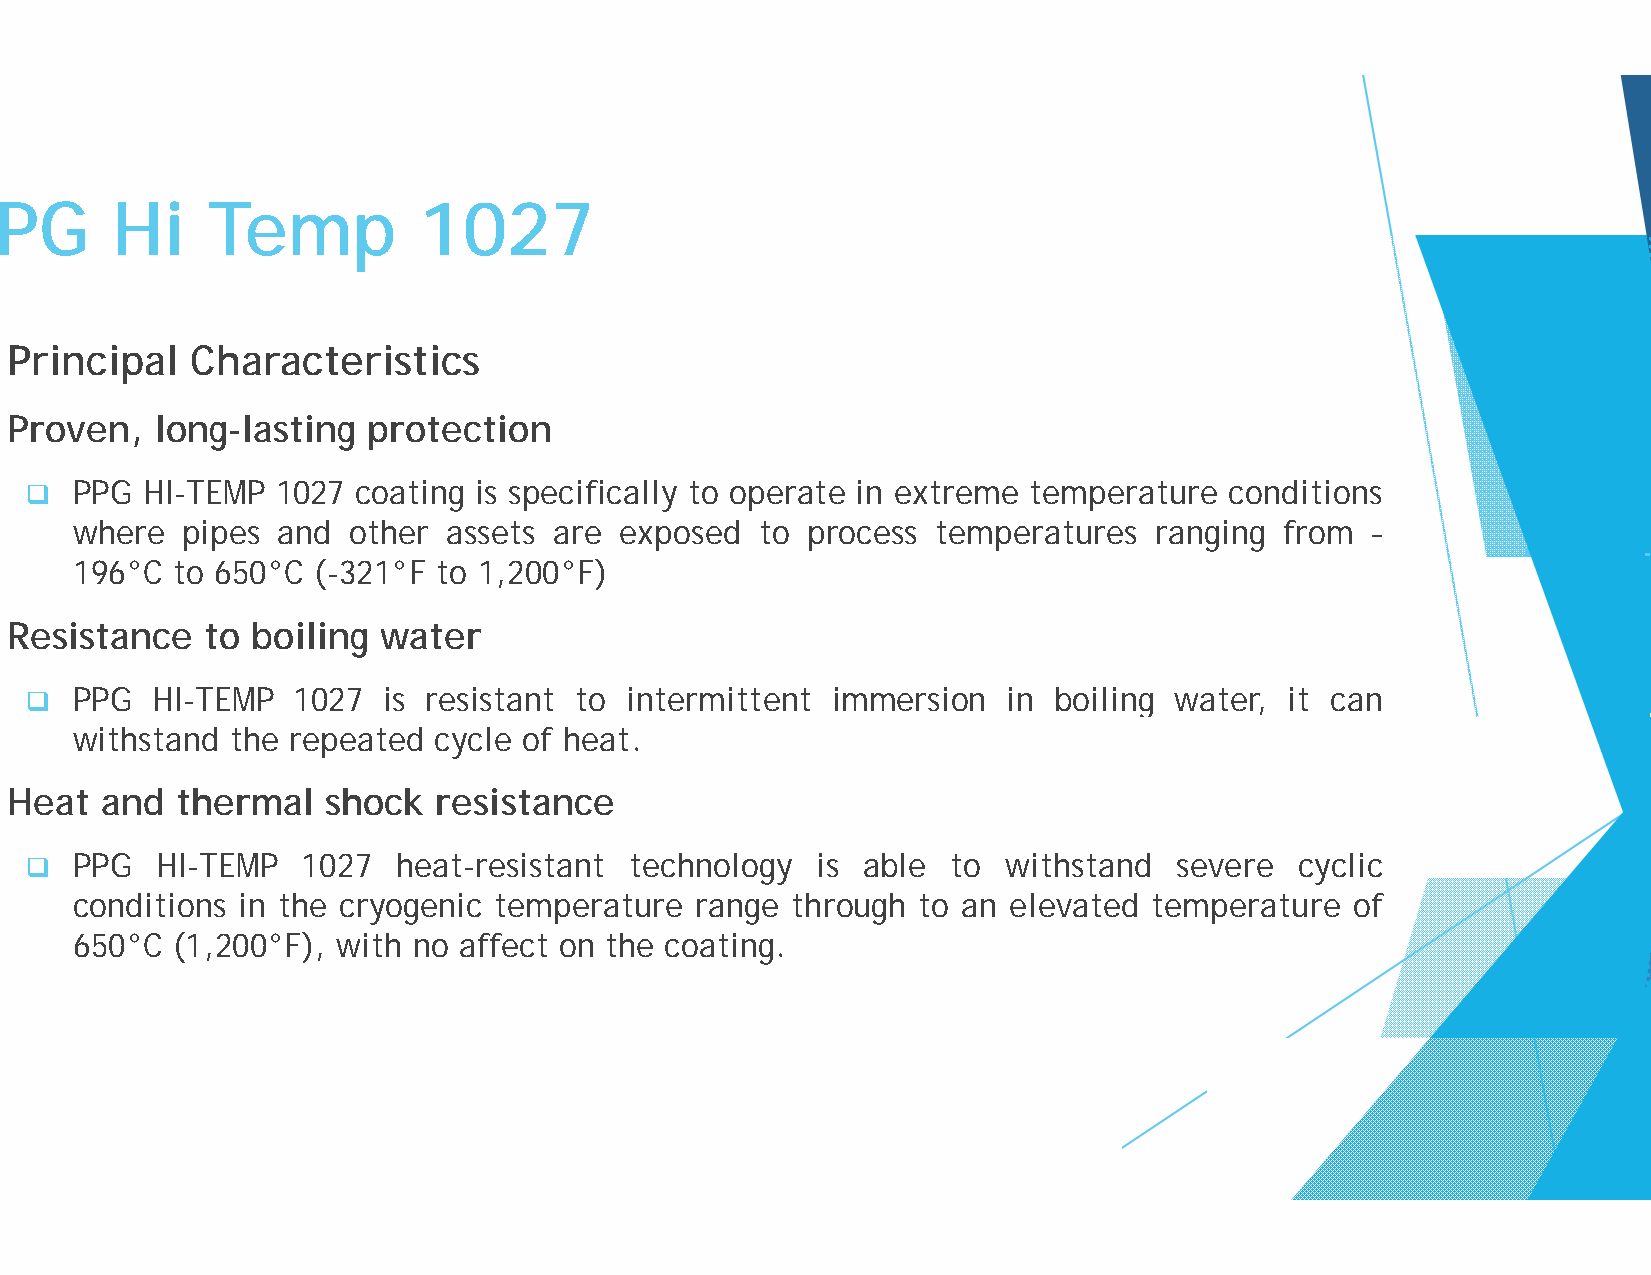
PPGG   HHii   TTeemmpp      11002277
 Principal    Characteristics
 Proven,   long-lasting  protection
   PPG HI-TEMP  1027  coating is specifically to operatte in extreme temperature conditions
 where  pipes and  other  assets are exposed  to process  temperatures  ranging  from  –
 196°C to 650°C  (-321°F to 1,200°F)
 Resistance    to boiling water
   PPG  HI-TEMP  1027  is resistant to intermittent  immersion   in boiling water, it can
 withstand the repeated  cycle of heat.
 Heat   and  thermal   shock  resistance
   PPG  HI-TEMP   1027  heat-resistant  technologgyy is able to  withstand  severe  cyyclic
 conditions in the cryogenic temperature  range thrrough to an elevated temperature   of
 650°C (1,200°F), with no affect on the coating.